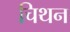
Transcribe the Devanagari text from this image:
चिथन